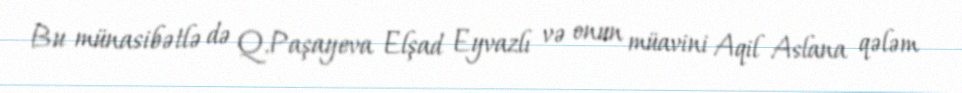
Bu münasibətlə də Q.Paşayeva Elşad Eyvazlı və onun müavini Aqil Aslana qələm